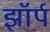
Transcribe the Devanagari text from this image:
झॉर्प